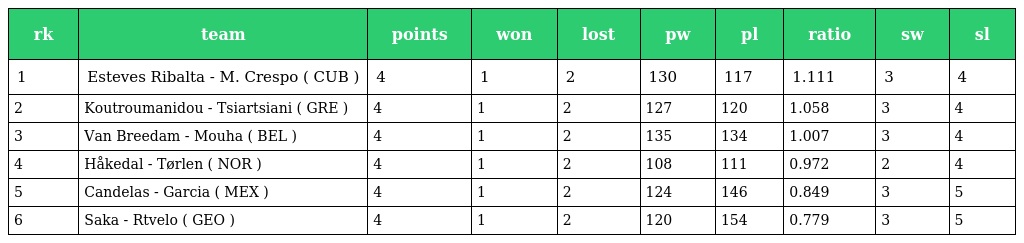
| rk | team | points | won | lost | pw | pl | ratio | sw | sl |
 | --- | --- | --- | --- | --- | --- | --- | --- | --- | --- |
 | 1 | Esteves Ribalta - M. Crespo ( CUB ) | 4 | 1 | 2 | 130 | 117 | 1.111 | 3 | 4 |
 | 2 | Koutroumanidou - Tsiartsiani ( GRE ) | 4 | 1 | 2 | 127 | 120 | 1.058 | 3 | 4 |
 | 3 | Van Breedam - Mouha ( BEL ) | 4 | 1 | 2 | 135 | 134 | 1.007 | 3 | 4 |
 | 4 | Håkedal - Tørlen ( NOR ) | 4 | 1 | 2 | 108 | 111 | 0.972 | 2 | 4 |
 | 5 | Candelas - Garcia ( MEX ) | 4 | 1 | 2 | 124 | 146 | 0.849 | 3 | 5 |
 | 6 | Saka - Rtvelo ( GEO ) | 4 | 1 | 2 | 120 | 154 | 0.779 | 3 | 5 |